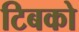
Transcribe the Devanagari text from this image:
टिबको